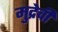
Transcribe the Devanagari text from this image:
मुद्रेची